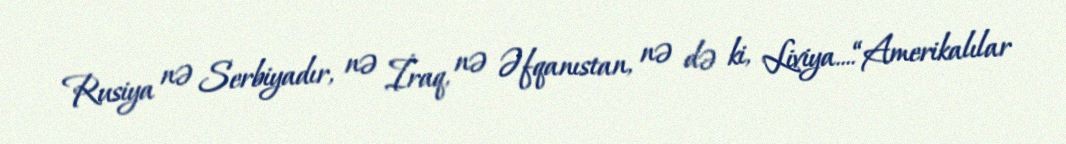
Rusiya nə Serbiyadır, nə İraq, nə Əfqanıstan, nə də ki, Liviya....“Amerikalılar